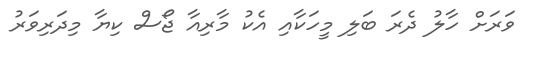
ވަރަށް ހާލު ދެރަ ބަލި މީހަކާއި އެކު މާރިއާ ޖޯސް ކިޔާ މިދަރިވަރު